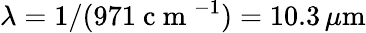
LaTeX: \lambda=1/(971\mathrm{~c~m~}^{-1})=10.3\, \mu\mathrm{m}